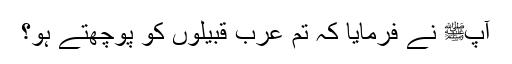
آپﷺ نے فرمایا کہ تم عرب قبیلوں کو پوچھتے ہو؟